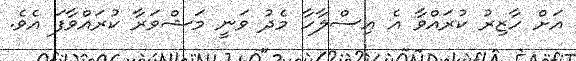
އަށް ހާޒިރު ކުރައްވާ އެ އިސްލާހާ މެދު ވަނީ މަޝްވަރާ ކުރައްވާފަ އެވެ.